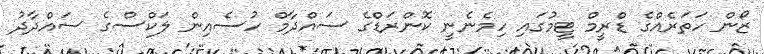
ޒޯން ހަތަރެއްގެ ޑްރީމް ޓީމުގައި ހިމެނެނީ ކޮންރަޑްގެ ސައްދާމް ހުސެއިން ލަކްސްގެ ސައްދާދު